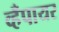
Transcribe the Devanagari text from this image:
व्हँपायर